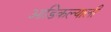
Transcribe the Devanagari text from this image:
आडिकल्याली